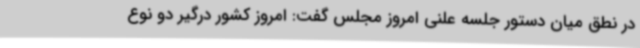
در نطق میان دستور جلسه علنی امروز مجلس گفت: امروز کشور درگیر دو نوع